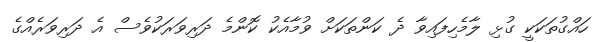
ހައްގުތަކަކީ ގުޅި ލާމެހިފައިވާ ދެ ކަންތަކަށް ވުމާއެކު ކޮންމެ ދަރިވަރަކުވެސް އެ ދަރިވަރެއްގެ